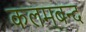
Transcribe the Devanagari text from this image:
कलमबन्द